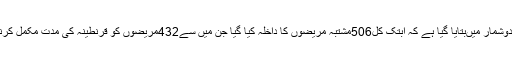
انسٹی ٹیوٹ کے شعبہ عوامی رابطہ کے اسسٹنٹ ڈائریکٹر کی جانب سے جاری کئے گئے اعدادوشمار میںبتایا گیا ہے کہ ابتک کل506مشتبہ مریضوں کا داخلہ کیا گیا جن میں سے432مریضوں کو قرنطینہ کی مدت مکمل کرنے کے بعد گھر روانہ کردیا گیا جبکہ54مثبت قرار دئے گئے مریضوں کو گھر بھیجا گیا ہے۔